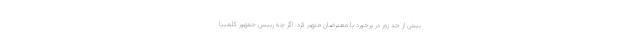
بیش از حد زور در برخورد با معترضان متهم کرد. اگر چه رییس جمهور کلمبیا